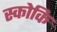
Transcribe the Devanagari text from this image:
स्कोकि